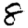
Digit: 8